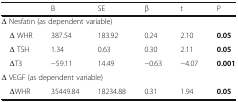
<table><thead><tr><td></td><td><b>B</b></td><td><b>SE</b></td><td><b>β</b></td><td><b>t</b></td><td><b>P</b></td></tr></thead><tbody><tr><td colspan="6">Δ Nesfatin (as dependent variable)</td></tr><tr><td> Δ WHR</td><td>387.54</td><td>183.92</td><td>0.24</td><td>2.10</td><td><b>0.05</b></td></tr><tr><td> Δ TSH</td><td>1.34</td><td>0.63</td><td>0.30</td><td>2.11</td><td><b>0.05</b></td></tr><tr><td> ΔT3</td><td>−59.11</td><td>14.49</td><td>−0.63</td><td>−4.07</td><td><b>0.001</b></td></tr><tr><td colspan="6">Δ VEGF (as dependent variable)</td></tr><tr><td> ΔWHR</td><td>35449.84</td><td>18234.88</td><td>0.31</td><td>1.94</td><td><b>0.05</b></td></tr></tbody></table>